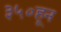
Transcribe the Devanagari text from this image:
३५०हून